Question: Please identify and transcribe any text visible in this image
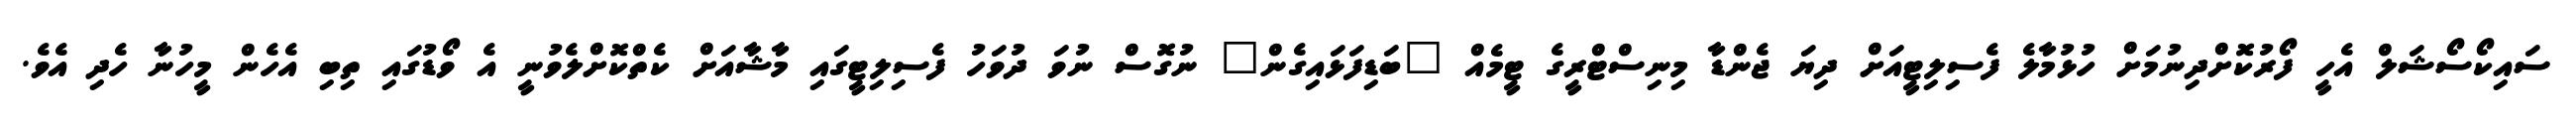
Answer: ސައިކޯސޯޝަލް އެހީ ފޯރުކޮށްދިނުމަށް ހުޅުމާލެ ފެސިލިޓީއަށް ދިޔަ ޖެންޑާ މިނިސްޓްރީގެ ޓީމެއް "ބަޑިފަޅައިގެން" ނުގޮސް ނުވަ ދުވަހު ފެސިލިޓީގައި މާޝާއަށް ކެތްކޮށްލެވުނީ އެ ވޯޑުގައި ތިބި އެހެން މީހުނާ ހެދި އެވެ.